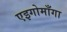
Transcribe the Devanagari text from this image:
एइगोमाँगा